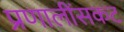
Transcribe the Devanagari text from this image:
प्रणालींसकट